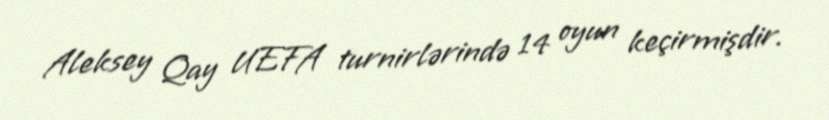
Aleksey Qay UEFA turnirlərində 14 oyun keçirmişdir.